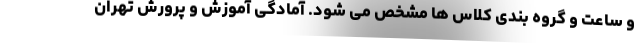
و ساعت و گروه بندی کلاس ها مشخص می شود. آمادگی آموزش و پرورش تهران